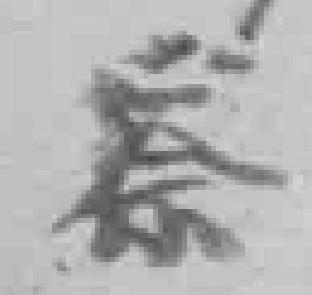
察